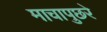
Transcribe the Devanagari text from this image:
माचापुछरे